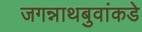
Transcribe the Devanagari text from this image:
जगन्नाथबुवांकडे